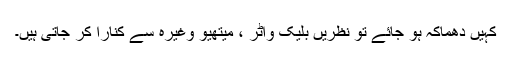
کہیں دھماکہ ہو جائے تو نظریں بلیک واٹر ، میتھیو وغیرہ سے کنارا کر جاتی ہیں۔